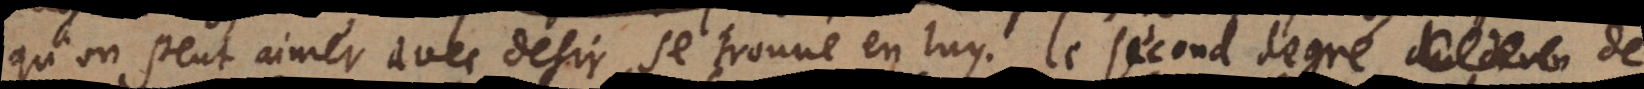
qu’on peut aimer avec desir, se trouve en luy. Le second degré de l